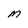
Character: M